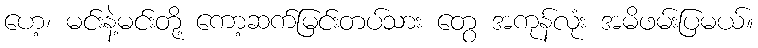
ဟေ့၊ မင်းနဲ့မင်းတို့ ကော့ဆက်မြင်းတပ်သား တွေ အကုန်လုံး အမိဖမ်းပြမယ်။